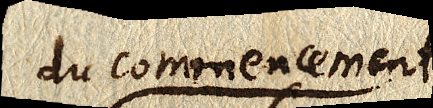
du commencement